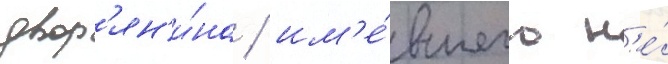
двор'ян'и́на / им'е́вшего н'е́